Vaccination Hyderabad 1890-1903 - 1890-1903
Year: 1890
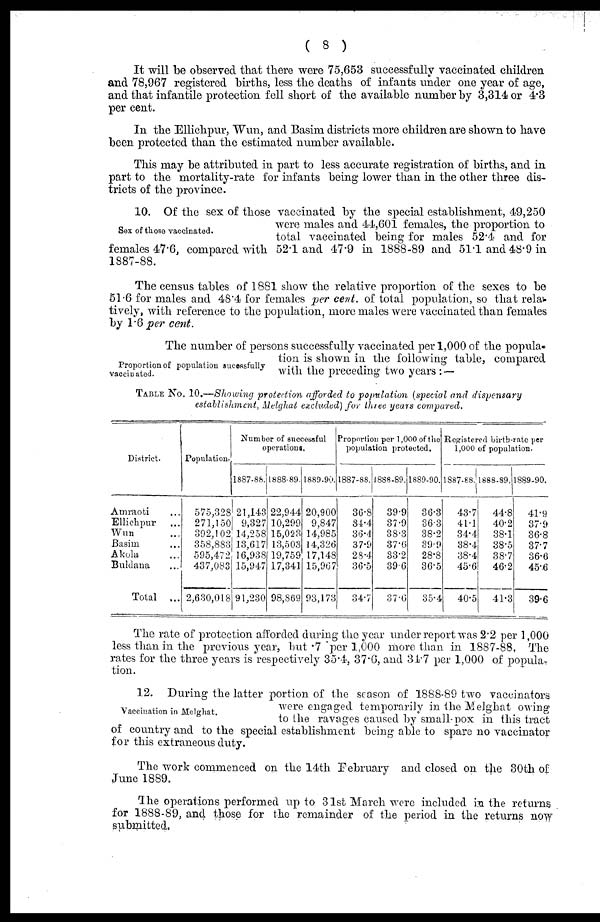
( 8 )
It will be observed that there were 75,653 successfully vaccinated children
and 78,967 registered births, less the deaths of infants under one year of age,
and that infantile protection fell short of the available number by 3,314 or 4.3
per cent.
In the Ellichpur, Wun, and Basim districts more children are shown to have
been protected than the estimated number available.
This may be attributed in part to less accurate registration of births, and in
part to the mortality-rate for infants being lower than in the other three dis-
tricts of the province.
Sex of those vaccinated.
10. Of the sex of those vaccinated by the special establishment, 49,250
were males and 44,601 females, the proportion to
total vaccinated being for males 52.4 and for
females 47.6, compared with 52.1 and 47.9 in 1888-89 and 51.1 and 48.9 in
1887-88.
The census tables of 1881 show the relative proportion of the sexes to be
51.6 for males and 48.4 for females per cent. of total population, so that rela-
tively, with reference to the population, more males were vaccinated than females
by 1.6 per cent.
Proportion of population sucessfully
vaccinated.
The number of persons successfully vaccinated per 1,000 of the popula-
tion is shown in the following table, compared
with the preceding two years : —
TABLE No. 10.—Showing protection afforded to population (special and dispensary
establishment, Melghat excluded) for three years compared.
District.
Amraoti ...
Ellichpur ...
Wun ...
Basim ...
Akola ...
Buldana ...
Total ...
Population.
575,328
271,150
392,102
358,883
595,472
437,083
2,630,018
Number of successful
operations.
1887-86.
121,143
9,327
14,258
13,617
16,938
15,947
91,230
1888-89.
22,944
10,299
15,023
13,503
19,759
17,341
98,869
1889-90.
20,900
9,847
14,985
14,326
17,148
15,967
93,173
Proportion per 1,000 of the
population protected.
1887-88.
36.8
34.4
36.4
37.9
28.4
36.5
34.7
1888-89.
39.9
37.9
38.3
37.6
33.2
39.6
37.6
1889-90.
36.3
36.3
38.2
39.9
28.8
36.5
35.4
Registered birth-rate per
1,000 of population.
1887-88.
43.7
41.1
34.4
38.4
38.4
45.6
40.5
1888-89,
44.8
40.2
38.1
38.5
38.7
46.2
41.3
1889-90.
41.9
37.9
36.8
37.7
36.6
45.6
39.6
The rate of protection afforded during the year under report was 2.2 per 1,000
less than in the previous year, but .7 per 1,000 more than in 1887-88, The
rates for the three years is respectively 35.4, 37.6, and 34.7 per 1,000 of popula¬
tion.
Vaccination in Melghat.
12. During the latter portion of the season of 1888-89 two vaccinators
were engaged temporarily in the Melghat owing
to the ravages caused by small-pox in this tract
of country and to the special establishment being able to spare no vaccinator
for this extraneous duty.
The work commenced on the 14th February and closed on the 30th of
June 1889.
The operations performed up to 31st March were included in the returns
for 1888-89, and those for the remainder of the period in the returns now
submitted.